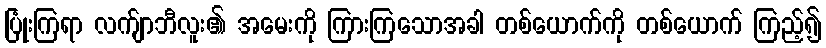
ပြုံးကြရာ လက်ျာဘီလူး၏ အမေးကို ကြားကြသောအခါ တစ်ယောက်ကို တစ်ယောက် ကြည့်၍